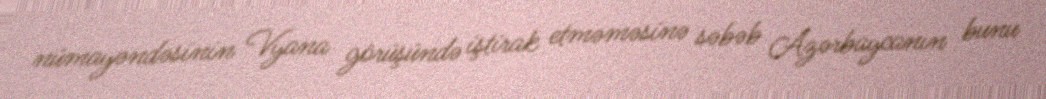
nümayəndəsinin Vyana görüşündə iştirak etməməsinə səbəb Azərbaycanın bunu